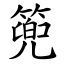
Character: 篼